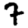
Digit: 7